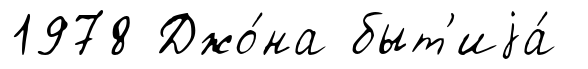
1978 Джо́на быт'иjа́